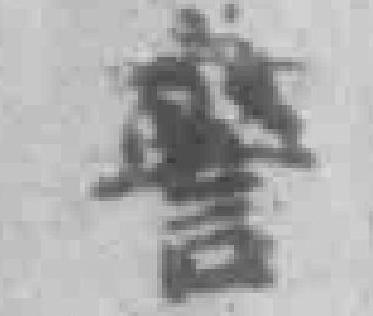
警